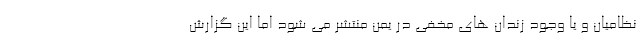
نظامیان و یا وجود زندان های مخفی در یمن منتشر می شود اما این گزارش